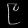
Digit: ၉